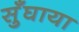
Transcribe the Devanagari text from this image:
सुँघाया